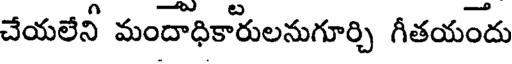
చేయలేనీ మందాధికారులనుగూర్చి గీతయందు